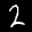
Label: 2